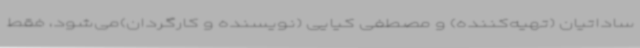
ساداتیان (تهیه‌کننده) و مصطفی کیایی (نویسنده و کارگردان)می‌شود، فقط